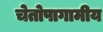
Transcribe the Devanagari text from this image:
चेतोपागामीय